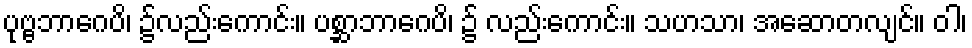
ပုဗ္ဗဘာဂေပိ၊ ၌လည်းကောင်း။ ပစ္ဆာဘာဂေပိ၊ ၌ လည်းကောင်း။ သဟသာ၊ အဆောတလျင်။ ဝါ၊